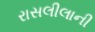
રાસલીલાની